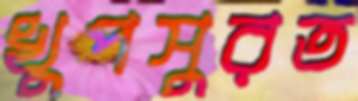
খুপসুরত